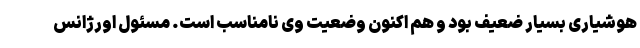
هوشیاری بسیار ضعیف بود و هم اکنون وضعیت وی نامناسب است. مسئول اورژانس